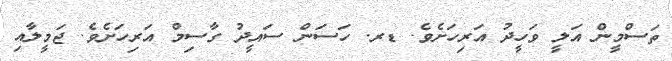
ތަސްމީން އަލީ ވަހީދު އަރިހަށެވެ. ޑރ. ހަސަން ސައީދު ގާސިމް އަރިހަށެވެ. ޖަމީލާއި